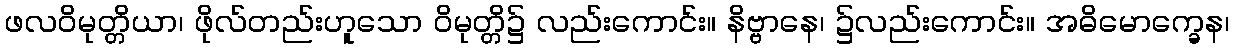
ဖလဝိမုတ္တိယာ၊ ဖိုလ်တည်းဟူသော ဝိမုတ္တိ၌ လည်းကောင်း။ နိဗ္ဗာနေ၊ ၌လည်းကောင်း။ အဓိမောက္ခေန၊